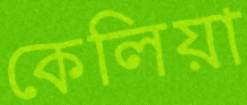
কেলিয়া